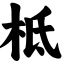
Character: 柢